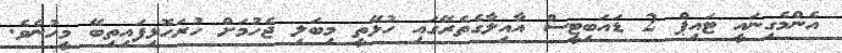
އެންމެގިނައީ ޓައިޕް 2 ޑަައަބިޓީސް އާއިލާގެތެރޭގައި ހުޅޭތީ މިބަލި ޖެހުމަށް ހުރަހޮޅިފައިތިބޭ މީހުނެވެ.